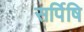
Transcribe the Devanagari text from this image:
सर्पिषि